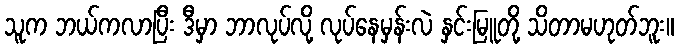
သူက ဘယ်ကလာပြီး ဒီမှာ ဘာလုပ်လို့ လုပ်နေမှန်းလဲ နှင်းမြူတို့ သိတာမဟုတ်ဘူး။